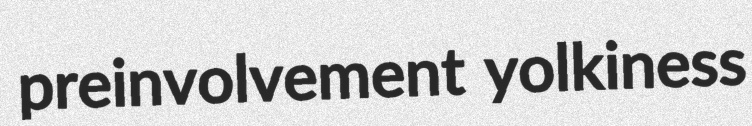
preinvolvement yolkiness